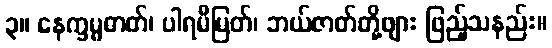
၃။ နေက္ခမ္မဓာတ်၊ ပါရမီမြတ်၊ ဘယ်ဇာတ်တို့ဖျား ဖြည့်သနည်း။